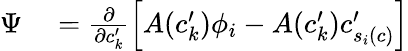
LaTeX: \begin{array}{rl}{\Psi}&{{}={\frac{\partial}{\partial c_{k}^{\prime}}\left[A(c_{k}^{\prime})\phi_{i}-A(c_{k}^{\prime})c_{s_{i}(c)}^{\prime}\right]}}\end{array}